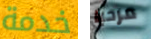
خدمة مرحبا